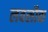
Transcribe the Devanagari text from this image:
लवलौक